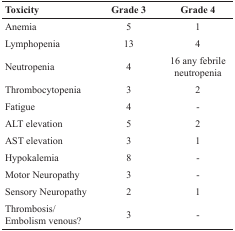
<table><thead><tr><td><b>Toxicity</b></td><td><b>Grade 3</b></td><td><b>Grade 4</b></td></tr></thead><tbody><tr><td>Anemia</td><td>5</td><td>1</td></tr><tr><td>Lymphopenia</td><td>13</td><td>4</td></tr><tr><td>Neutropenia</td><td>4</td><td>16 any febrile neutropenia</td></tr><tr><td>Thrombocytopenia</td><td>3</td><td>2</td></tr><tr><td>Fatigue</td><td>4</td><td>-</td></tr><tr><td>ALT elevation</td><td>5</td><td>2</td></tr><tr><td>AST elevation</td><td>3</td><td>1</td></tr><tr><td>Hypokalemia</td><td>8</td><td>-</td></tr><tr><td>Motor Neuropathy</td><td>3</td><td>-</td></tr><tr><td>Sensory Neuropathy</td><td>2</td><td>1</td></tr><tr><td>Thrombosis/Embolism venous?</td><td>3</td><td>-</td></tr></tbody></table>